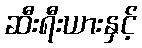
ဆီးရီးယားနှင့်